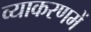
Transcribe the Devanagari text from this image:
व्याकरणमें